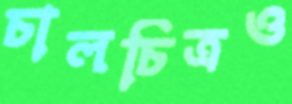
চালচিত্রও